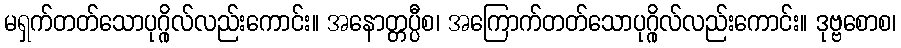
မရှက်တတ်သောပုဂ္ဂိုလ်လည်းကောင်း။ အနောတ္တပ္ပီစ၊ အကြောက်တတ်သောပုဂ္ဂိုလ်လည်းကောင်း။ ဒုဗ္ဗစောစ၊